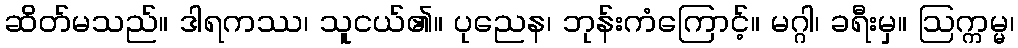
ဆိတ်မသည်။ ဒါရကဿ၊ သူငယ်၏။ ပုညေန၊ ဘုန်းကံကြောင့်။ မဂ္ဂါ၊ ခရီးမှ။ ဩက္ကမ္မ၊